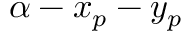
\alpha - x _ { p } - y _ { p }